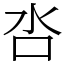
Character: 呇